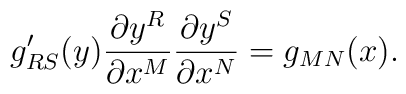
g^\prime_{RS}(y) \frac{\partial y^R}{\partial x^M} \frac{\partial y^S}{\partial x^N} = g_{MN}(x).